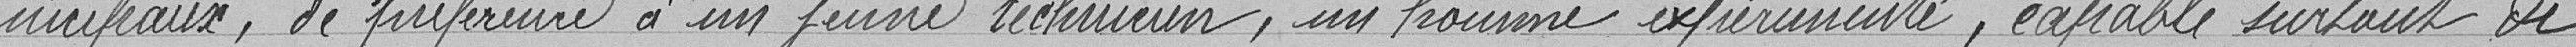
nicipaux, de préférence à un jeune technicien, un homme expérimenté, capable surtout de